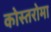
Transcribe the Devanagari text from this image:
कोस्तरोमा